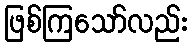
ဖြစ်ကြသော်လည်း